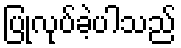
ပြုလုပ်ခဲ့ပါသည်